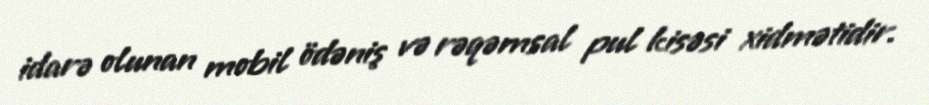
idarə olunan mobil ödəniş və rəqəmsal pul kisəsi xidmətidir.